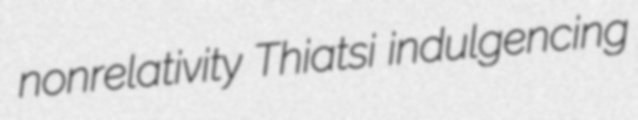
nonrelativity Thiatsi indulgencing